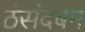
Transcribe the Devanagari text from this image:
ठंसंदबम